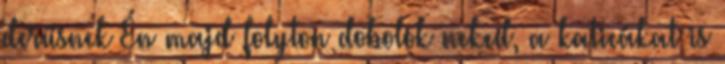
derűsnek Én majd folyton dobolok neked, a katicákat is